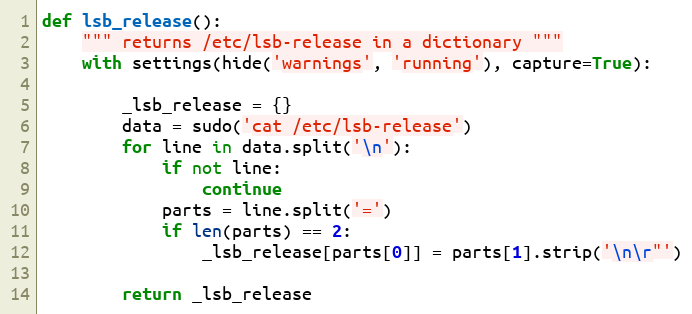
Language: Python
def lsb_release():
    """ returns /etc/lsb-release in a dictionary """
    with settings(hide('warnings', 'running'), capture=True):

        _lsb_release = {}
        data = sudo('cat /etc/lsb-release')
        for line in data.split('\n'):
            if not line:
                continue
            parts = line.split('=')
            if len(parts) == 2:
                _lsb_release[parts[0]] = parts[1].strip('\n\r"')

        return _lsb_release